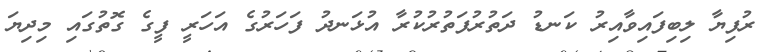
ރުފިޔާ ލިބިފައިވާއިރު ކަނޑު ދަތުރުފަތުރުކުރާ އުޅަނދު ފަހަރުގެ އަހަރީ ފީގެ ގޮތުގައި މިދިޔަ